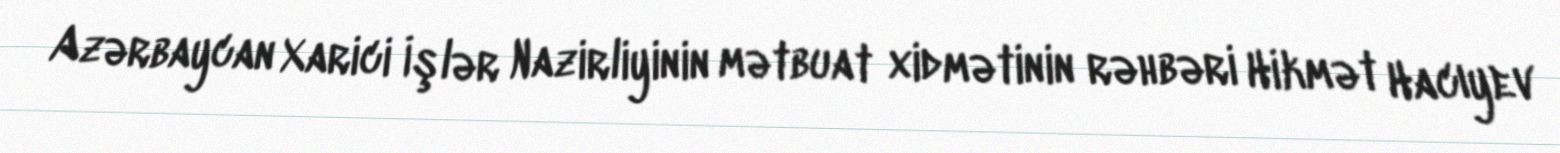
Azərbaycan Xarici İşlər Nazirliyinin mətbuat xidmətinin rəhbəri Hikmət Hacıyev